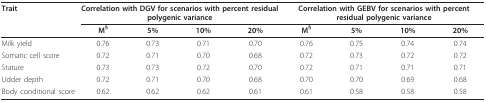
<table><thead><tr><td><b>Trait</b></td><td colspan="4"><b>Correlation with DGV for scenarios with percent residual polygenic variance</b></td><td colspan="4"><b>Correlation with GEBV for scenarios with percent residual polygenic variance</b></td></tr><tr><td></td><td><b>M<sup>§</sup></b></td><td><b>5%</b></td><td><b>10%</b></td><td><b>20%</b></td><td><b>M<sup>§</sup></b></td><td><b>5%</b></td><td><b>10%</b></td><td><b>20%</b></td></tr></thead><tbody><tr><td>Milk yield</td><td>0.76</td><td>0.73</td><td>0.71</td><td>0.70</td><td>0.76</td><td>0.75</td><td>0.74</td><td>0.74</td></tr><tr><td>Somatic cell score</td><td>0.72</td><td>0.71</td><td>0.70</td><td>0.68</td><td>0.72</td><td>0.73</td><td>0.72</td><td>0.72</td></tr><tr><td>Stature</td><td>0.73</td><td>0.73</td><td>0.72</td><td>0.70</td><td>0.72</td><td>0.71</td><td>0.71</td><td>0.71</td></tr><tr><td>Udder depth</td><td>0.72</td><td>0.71</td><td>0.70</td><td>0.68</td><td>0.70</td><td>0.70</td><td>0.69</td><td>0.68</td></tr><tr><td>Body conditional score</td><td>0.62</td><td>0.62</td><td>0.62</td><td>0.61</td><td>0.61</td><td>0.58</td><td>0.58</td><td>0.58</td></tr></tbody></table>